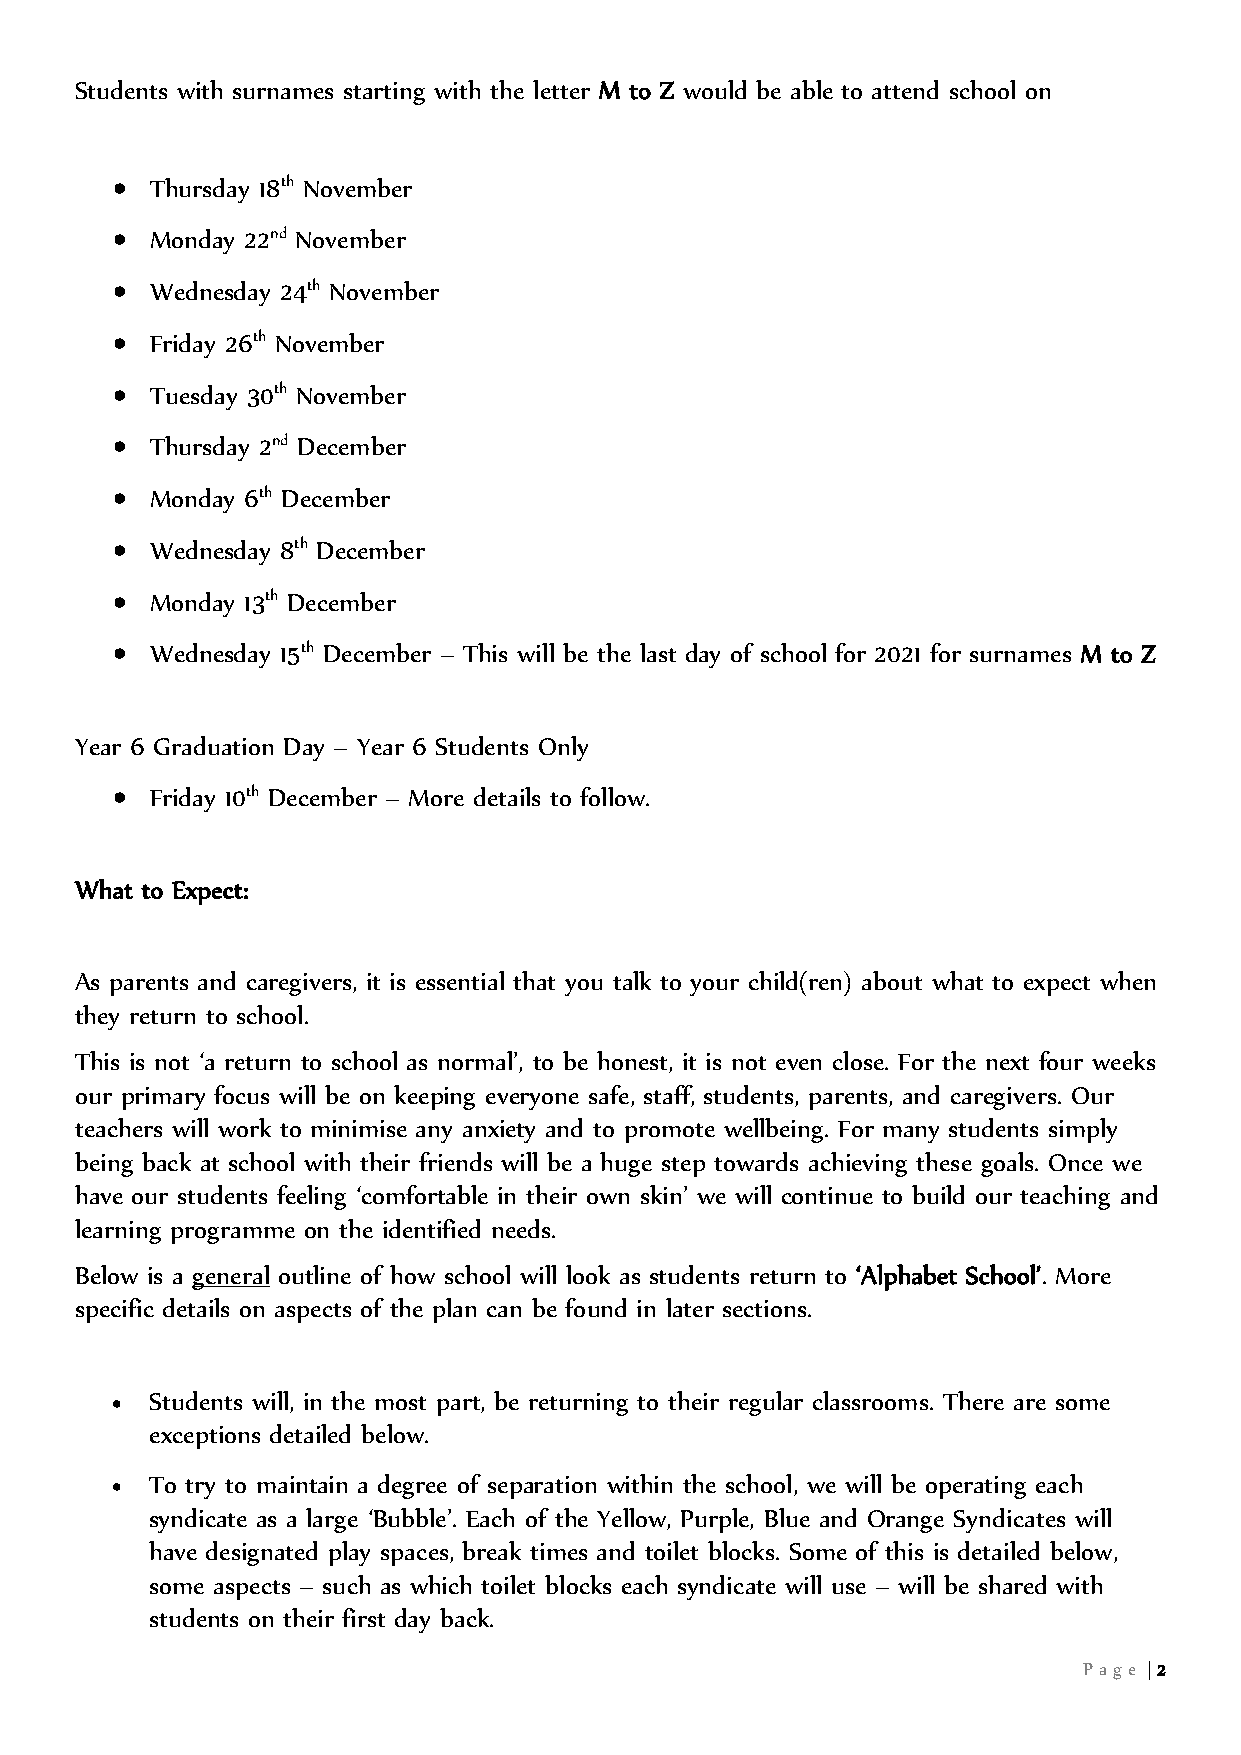
Students with surnames starting with the letter M to Z would be able to attend school on
 •  Thursday 18th November
 •  Monday 22nd November
 •  Wednesday 24th November
 •  Friday 26th November
 •  Tuesday 30th November
 •  Thursday 2nd December
 •  Monday 6th December
 •  Wednesday 8th December
 •  Monday 13th December
 •  Wednesday 15th December – This will be the last day of school for 2021 for surnames M to Z
 Year 6 Graduation Day – Year 6 Students Only
 •  Friday 10th December – More details to follow.
 What to Expect:
 As parents and caregivers, it is essential that you talk to your child(ren) about what to expect when
 they return to school.
 This is not ‘a return to school as normal’, to be honest, it is not even close. For the next four weeks
 our primary focus will be on keeping everyone safe, staff, students, parents, and caregivers. Our
 teachers will work to minimise any anxiety and to promote wellbeing. For many students simply
 being back at school with their friends will be a huge step towards achieving these goals. Once we
 have our students feeling ‘comfortable in their own skin’ we will continue to build our teaching and
 learning programme on the identified needs.
 Below is a general outline of how school will look as students return to ‘Alphabet School’. More
 specific details on aspects of the plan can be found in later sections.
 Students will, in the most part, be returning to their regular classrooms. There are some
 •
 exceptions detailed below.
 To try to maintain a degree of separation within the school, we will be operating each
 •
 syndicate as a large ‘Bubble’. Each of the Yellow, Purple, Blue and Orange Syndicates will
 have designated play spaces, break times and toilet blocks. Some of this is detailed below,
 some aspects – such as which toilet blocks each syndicate will use – will be shared with
 students on their first day back.
 Pa ge | 2